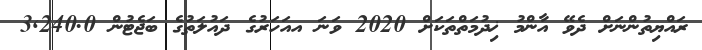
ރައްޔިތުންނަށް ދެވޭ އާންމު ޚިދުމަތްތަކަށް 2020 ވަނަ އއަހަރުގެ ދައުލަތުގެ ބަޖެޓުން 3